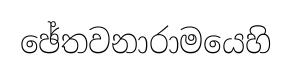
ඡේතවනාරාමයෙහි